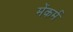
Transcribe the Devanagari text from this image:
मेंकर्म